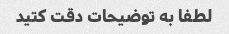
لطفا به توضیحات دقت کتید